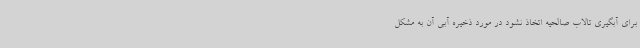
برای آبگیری تالاب صالحیه اتخاذ نشود در مورد ذخیره آبی آن به مشکل